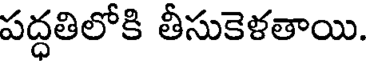
పద్ధతిలోకి తీసుకెళతాయి.